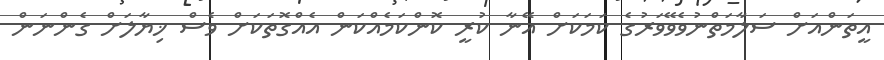
އީތަންއަށް ސަލާމަތްނުވެވޭވަރުގެ ކަމަކަށް އޭނާ ކުރީ ކޮންކަމެއްކަން އެއްގޮތަކަށް ވެސް ޚިޔާލަށް ގެންނަން